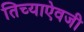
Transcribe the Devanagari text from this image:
तिच्याऐवजी